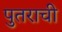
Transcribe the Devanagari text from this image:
पुतराची